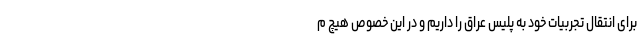
برای انتقال تجربیات خود به پلیس عراق را داریم و در این خصوص هیچ م